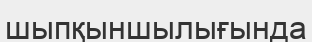
шыпқыншылығында